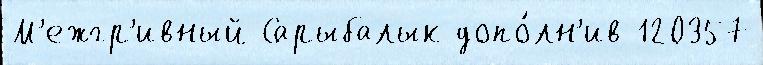
М'ежгр'ивный Сарыбалык допо́лн'ив 120357